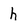
Character: h